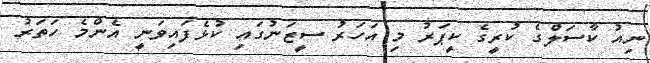
ނިއު ކާސަލްގެ ކުރީގެ ކީޕަރު މި އަހަރު ސީޒަނުގައި ކުޅެފައިވަނީ އެންމެ ހަތަރު